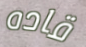
قاده